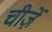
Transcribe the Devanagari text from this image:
चीजे़ं